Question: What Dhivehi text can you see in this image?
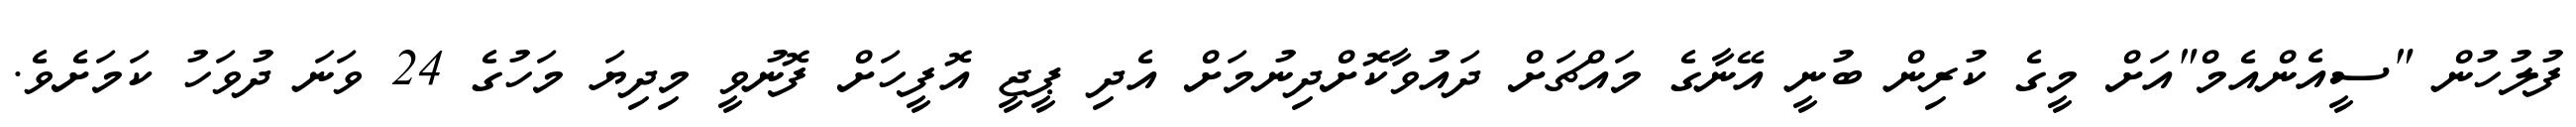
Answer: ފުލުހުން "ސީއެންއެމް"އަށް މީގެ ކުރިން ބުނީ އޭނާގެ މައްޗަށް ދައުވާކޮށްދިނުމަށް އެދި ޕީޖީ އޮފީހަށް ފޮނުވީ މިދިޔަ މަހުގެ 24 ވަނަ ދުވަހު ކަމަށެވެ.